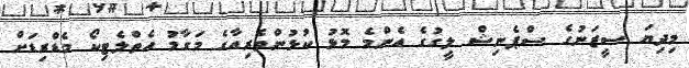
މިދިޔަ ސީޒަނުގެ ސްޕެނިޝް ލީގުގެ އެންމެ މޮޅު ކުޅުންތެރިއާގެ މަގާމު އެތްލެޓިކޯ މެޑްރިޑަށް